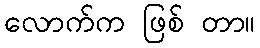
လောက်က ဖြစ် တာ။